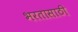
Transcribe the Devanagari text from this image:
भरतासाठी